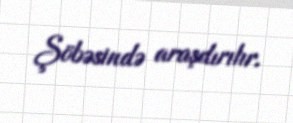
Şöbəsində araşdırılır.